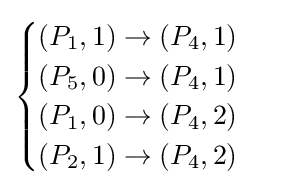
{\begin{cases}(P_{1},1)\to (P_{4},1)\\(P_{5},0)\to (P_{4},1)\\(P_{1},0)\to (P_{4},2)\\(P_{2},1)\to (P_{4},2)\end{cases}}